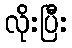
လိုးပြီး